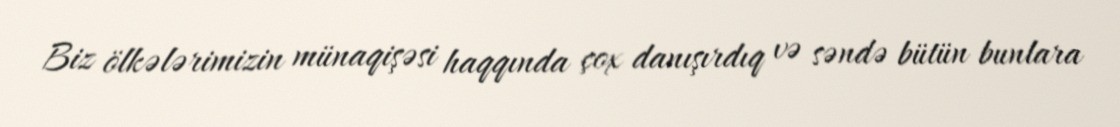
Biz ölkələrimizin münaqişəsi haqqında çox danışırdıq və səndə bütün bunlara